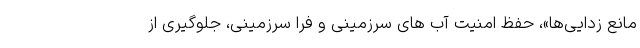
مانع زدایی‌ها»، حفظ امنیت آب های سرزمینی و فرا سرزمینی، جلوگیری از